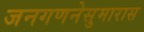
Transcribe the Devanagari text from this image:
जनगणनेसुमारास